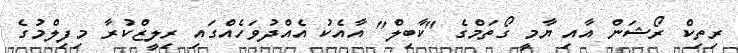
ރިތިކް ރޯޝަން އާއި ޔާމީ ގޯތަމްގެ "ކާބިލް" އާއެކު އެއްދުވަހެއްގައި ރިލީޒްކުރާ މިފިލްމުގެ